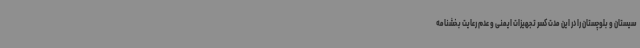
سیستان و بلوچستان را در این مدت کسر تجهیزات ایمنی و عدم رعایت بخشنامه